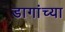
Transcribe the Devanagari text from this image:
डागांच्या